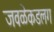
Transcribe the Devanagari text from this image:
जवळेकडलग